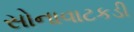
સોનાવાટકડી